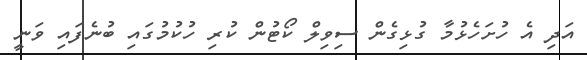
އަދި އެ ހުށަހެޅުމާ ގުޅިގެން ސިވިލް ކޯޓުން ކުރި ހުކުމުގައި ބުނެފައި ވަނީ